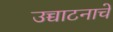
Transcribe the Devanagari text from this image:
उच्चाटनाचे